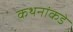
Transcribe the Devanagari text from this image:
कथनांकडे